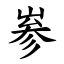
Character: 㟥